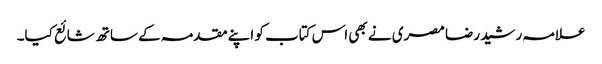
علامہ رشید رضا مصری نے بھی اس کتاب کو اپنے مقدمہ کے ساتھ شائع کیا۔